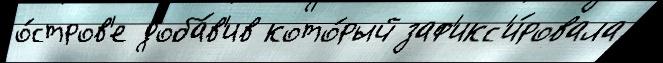
о́стров'е доба́в'ив кото́рый заф'икс'и́ровала